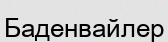
Баденвайлер